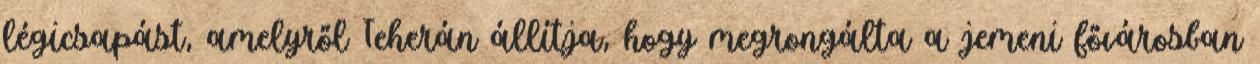
légicsapást, amelyről Teherán állítja, hogy megrongálta a jemeni fővárosban